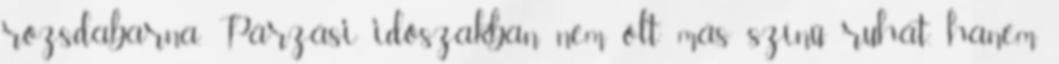
rozsdabarna. Párzási időszakban nem ölt más színű ruhát, hanem